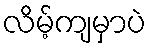
လိမ့်ကျမှာပဲ